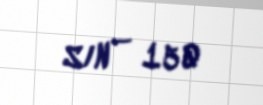
S/N — 150